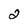
Character: 2